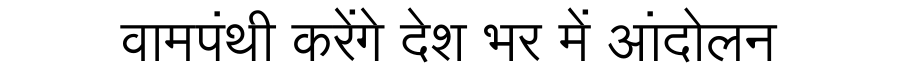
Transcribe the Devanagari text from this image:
वामपंथी करेंगे देश भर में आंदोलन